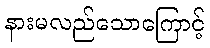
နားမလည်သောကြောင့်